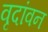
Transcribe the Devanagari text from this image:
वृदांवन